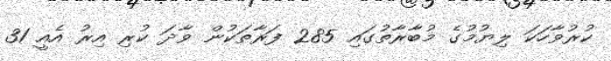
ކުރުވާހަކަ ލިޔުމުގެ މުބާރާތުގައި 285 ފަރާތަކުން ވާދަ ކުރި އިރު އެއީ 31